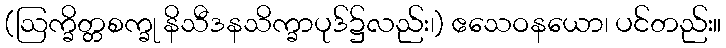
(ဩက္ခိတ္တစက္ခု နိသီဒနသိက္ခာပုဒ်၌လည်း၊) ဧသေဝနယော၊ ပင်တည်း။